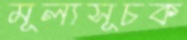
মূল্যসূচক